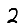
Digit: 2